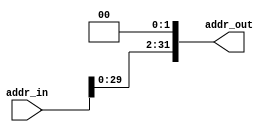
module addr_shift(addr_in,addr_out);
input [31:0] addr_in;
output [31:0] addr_out;

assign addr_out = addr_in << 2;

endmodule